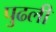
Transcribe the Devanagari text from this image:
पुढली